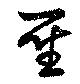
聖